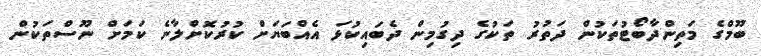
ބޫމްގެ މަތިންދާބޯޓުތަކުން ދަތުރު ތަކުގެ ދިގުމިން ދެބައިކުޅަ އެއްބަޔަށް ކުރުކޮށްލާނެ ކަމަށް ނޫސްތަކުން